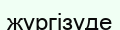
жүргізүде